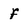
Character: f